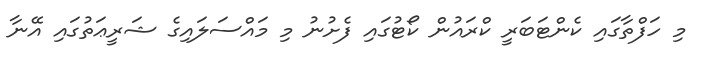
މި ހަފްތާގައި ކެންޓަބަރީ ކްރައުން ކޯޓުގައި ފެށުނު މި މައްސަލައިގެ ޝަރީޢަތުގައި އޭނާ